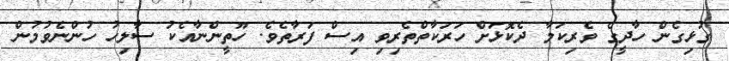
ގުޅިގެން ހާދީގެ ވެރިކަމާ ދެކޮޅަށް ހަރަކާތްތެރިވި އިސް ފަރާތެވެ. ހޫތީންނާއެކު ސާލިހު ހުންނެވުމުން